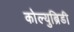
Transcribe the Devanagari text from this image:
कोल्युब्रिडी